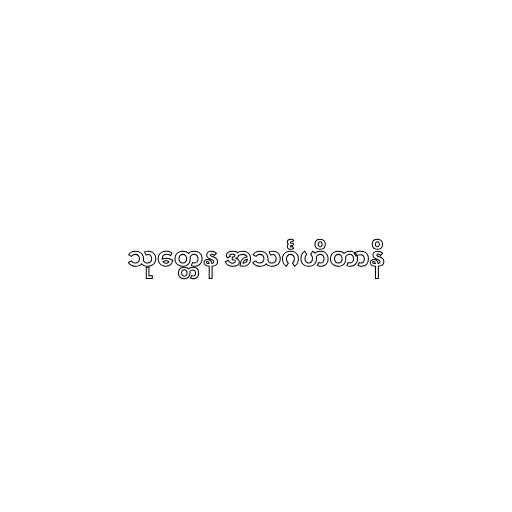
သုတ္တေန အသင်္ဂဟိတာနိ